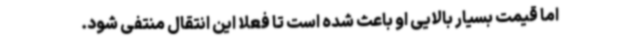
اما قیمت بسیار بالایی او باعث شده است تا فعلا این انتقال منتفی شود.